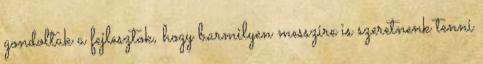
gondoltak a fejlesztok, hogy barmilyen messzire is szeretnenk tenni